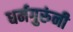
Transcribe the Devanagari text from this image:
धर्मगुरुंनी